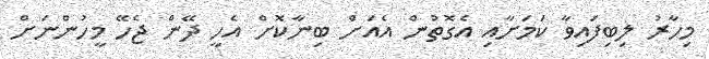
މިހާރު ލިބިފައިވާ ކަމަށާއި އެގޮތުން އެއަށް ބިނާކޮށް އެހީ ދޭން ޖެހޭ މީހުންނަށް